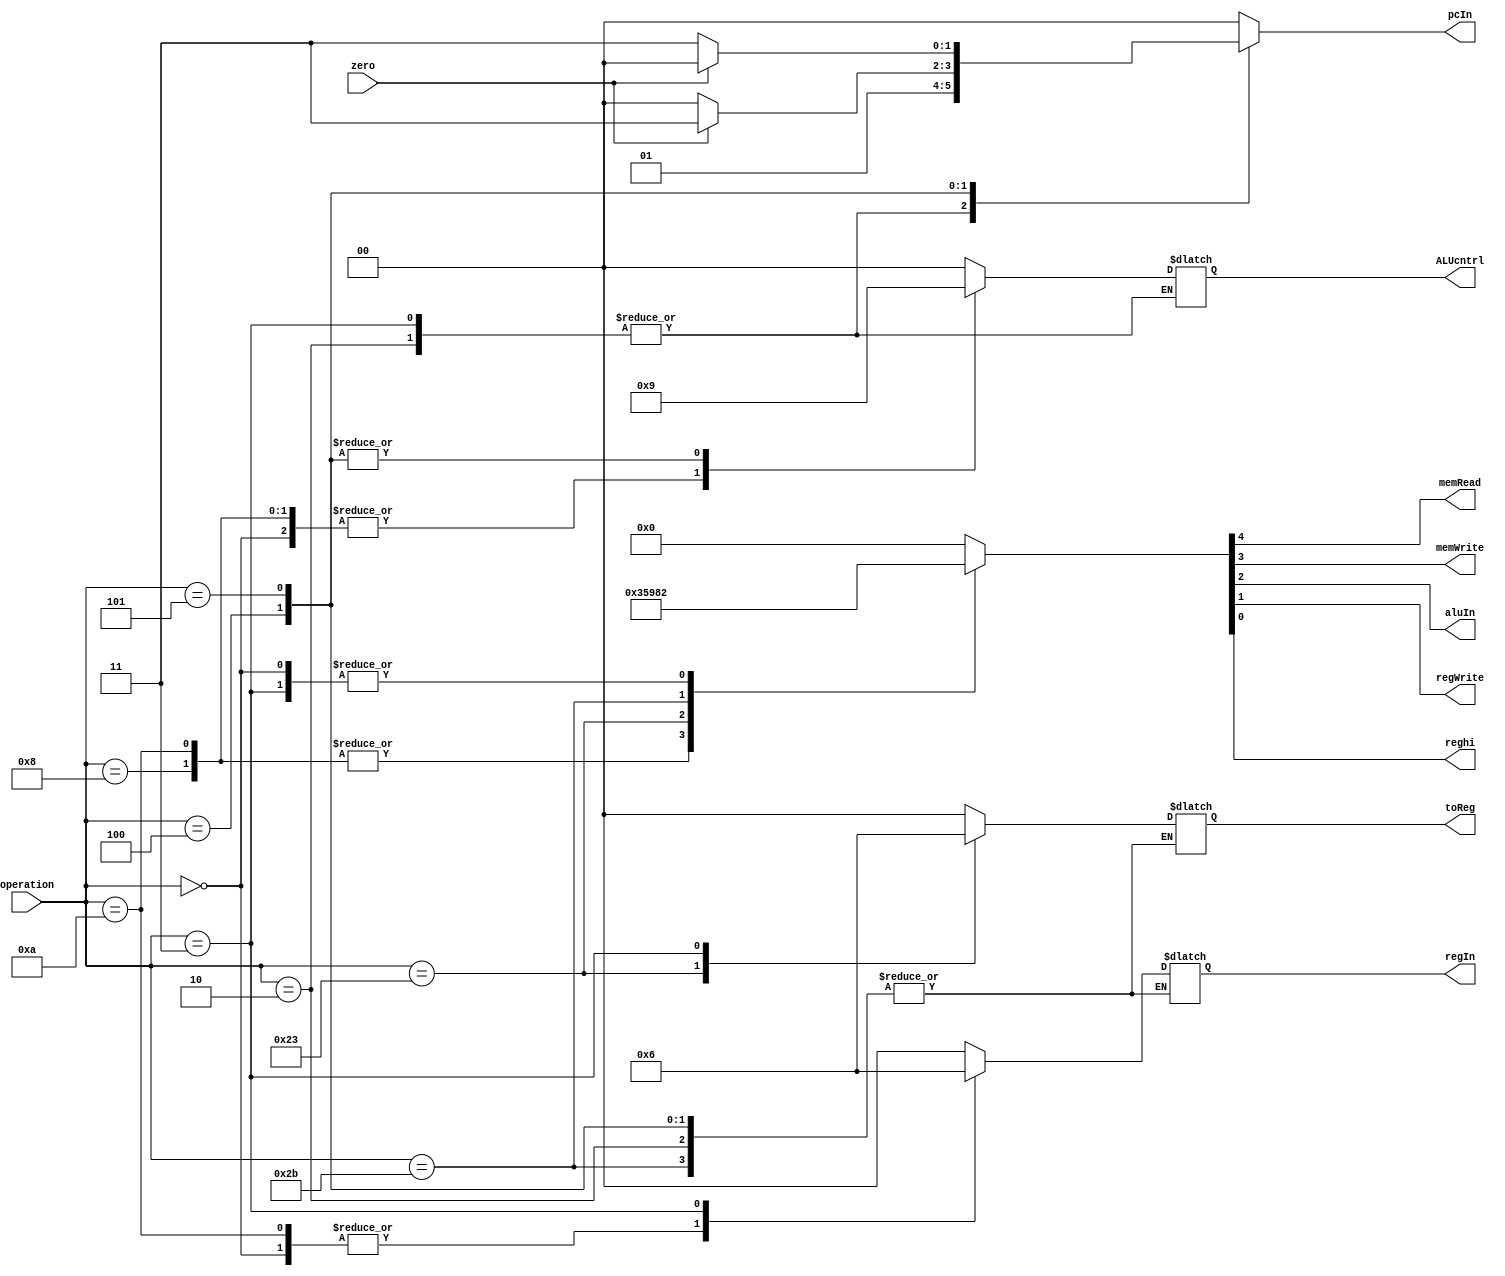
module controller(output reg[1:0] ALUcntrl,toReg,regIn,pcIn ,output reg memRead,memWrite,aluIn,regWrite,reghi ,input[5:0] operation,input zero);
  always@(operation,zero)begin
    case(operation)
      6'b000000: begin
        ALUcntrl=10;
        toReg=0;
        regIn=1;
        pcIn=0;
        {memRead,memWrite,aluIn,regWrite,reghi} = 5'b00010;
      end
      6'b001000: begin 
        ALUcntrl=10;
        toReg=0;
        regIn=0;
        pcIn=0;
        {memRead,memWrite,aluIn,regWrite,reghi} = 5'b00110;
      end
      6'b001010: begin 
        ALUcntrl=10;
        toReg=0;
        regIn=1;
        pcIn=0;
        {memRead,memWrite,aluIn,regWrite,reghi} = 5'b00110;
      end
      6'b100011: begin 
        ALUcntrl=00;
        toReg=1;
        regIn=0;
        pcIn=0;
        {memRead,memWrite,aluIn,regWrite,reghi} = 5'b10110;
      end
      6'b101011: begin 
        ALUcntrl=00;
        pcIn=0;
        {memRead,memWrite,aluIn,regWrite,reghi} = 5'b01100;
      end
      6'b000010: begin 
        pcIn=1;
        {memRead,memWrite,aluIn,regWrite,reghi} = 5'b00000;
      end 
      6'b000011: begin
        toReg=2;
        regIn=2;
        pcIn=1;
        {memRead,memWrite,aluIn,regWrite,reghi} = 5'b00010;
      end
      6'b000100: begin 
        ALUcntrl=01;
        if(zero) pcIn = 3;
        else  pcIn = 0;
        {memRead,memWrite,aluIn,regWrite,reghi} = 5'b00000;
      end
      6'b000101: begin 
        ALUcntrl=01;
        if(zero) pcIn = 0;
        else  pcIn = 3;
        {memRead,memWrite,aluIn,regWrite,reghi} = 5'b00000;
      end
      default:begin
        ALUcntrl=00;
        toReg=0;
        regIn=0;
        pcIn=0;
        {memRead,memWrite,aluIn,regWrite,reghi} = 5'b00000;
      end
    endcase
  end
endmodule